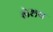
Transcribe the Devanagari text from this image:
लेशय